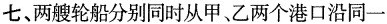
七、两艘轮船分别同时从甲、乙两个港口沿同一